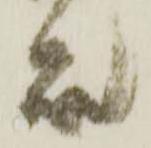
殿